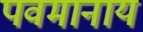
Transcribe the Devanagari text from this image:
पवमानाय